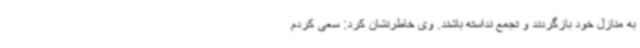
به منازل خود بازگردند و تجمع نداسته باشند. وی خاطرنشان کرد: سعی کردم